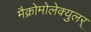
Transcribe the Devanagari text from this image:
मैक्रोमोलेक्युलर्